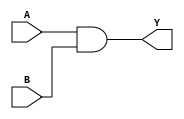
module AND2 (
	input A, B,
	output Y
);
	assign Y = A & B;
endmodule